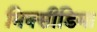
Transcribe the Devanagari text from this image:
मिक्सीडिमा